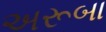
અરૂબા